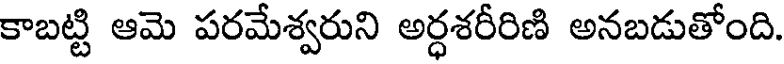
కాబట్టి ఆమె పరమేశ్వరుని అర్ధశరీరిణి అనబడుతోంది.